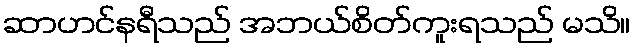
ဆာဟင်နရီသည် အဘယ်စိတ်ကူးရသည် မသိ။